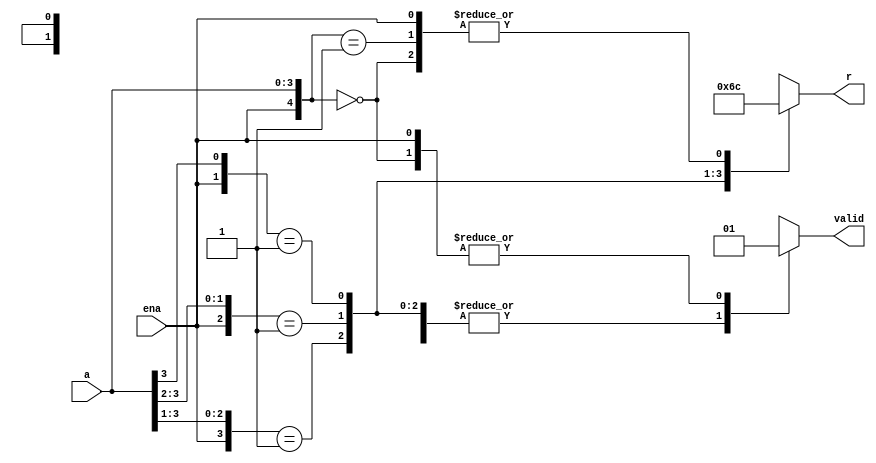
module encoder2x4(
  input             ena,
  input       [3:0] a,
  output reg  [0:1] r,
  output reg		  valid
);

always@(*) begin
  casex ({ena, a[3:0]})
    5'b00000: begin
      r = 2'b00;
      valid = 1'b1;
      end
    5'b00001: begin
      r = 2'b00;
      valid = 1'b0;
      end
    5'b0001x: begin
      r = 2'b01;
      valid = 1'b0;
      end
    5'b001xx: begin
      r = 2'b10;
      valid = 1'b0;
      end
    5'b01xxx: begin
      r = 2'b11;
      valid = 1'b0;
      end
    5'b1xxxx: begin
      r = 2'b00;
      valid = 1'b1;
      end
  endcase
end
endmodule